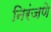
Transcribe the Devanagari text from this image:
निरंजणे